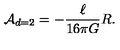
{ \cal A } _ { d = 2 } = - \frac { \ell } { 1 6 \pi G } R .